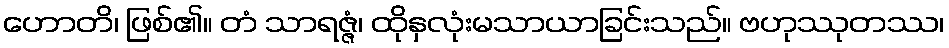
ဟောတိ၊ ဖြစ်၏။ တံ သာရဇ္ဇံ၊ ထိုနှလုံးမသာယာခြင်းသည်။ ဗဟုဿုတဿ၊